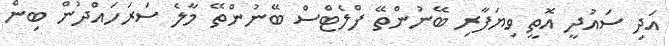
އަދި ސައުދީ އޮތީ ވިޔަފާރި ބޭނުންތޭ ފްލެޓްސް ބޭނުންތޭ މާލެ ސަރަހައްދުން ބިން